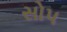
સોપ